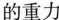
的重力